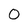
Character: 0